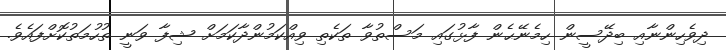
ދިވެހިންނާއި ބިދޭސީން ހިމެނޭޙެން ފާޅުގައި މަސްތުވާ ތަކެތި ވިއްކަމުންދާކަމަށް ޝިފާ ވަނީ ތުހުމަތުކޮށްފައެވެ.